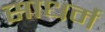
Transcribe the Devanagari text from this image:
साधर्म